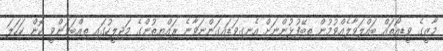
މާޒީގެ ވީޑިއޯތައް ބައްލަވާލެއްވުމުން ތިބޭފުޅުންނަށް އެނގިވަޑައިގަންނަވާނެ ރައްޔިތުންގެ މަޖިލީހުގައި ތިއްބަވަންވީ ކޮން ކަހަލަ